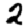
Digit: 2